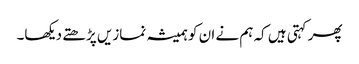
پھر کہتی ہیں کہ ہم نے ان کو ہمیشہ نمازیں پڑھتے دیکھا۔